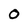
Character: 0